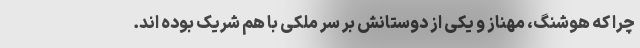
چرا که هوشنگ، مهناز و یکی از دوستانش بر سر ملکی با هم شریک بوده اند.